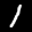
Label: 1